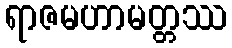
ရာဇမဟာမတ္တဿ